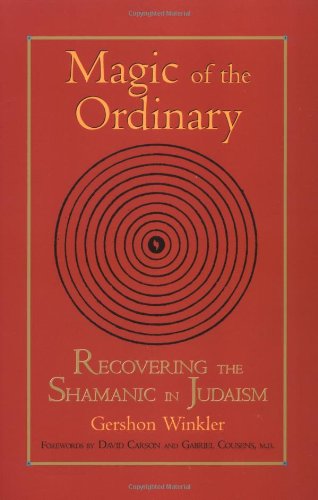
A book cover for Magic of the Ordinary: Recovering the Shamanic in Judaism; Gershon Winkler; Religion & Spirituality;